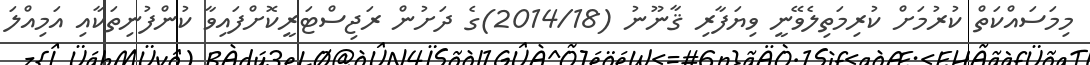
މިމަސައްކަތް ކުރުމަށް ކުރިމަތިލެވޭނީ ވިޔަފާރި ޤާނޫނު (2014/18)ގެ ދަށުން ރަޖިސްޓަރީކޮށްފައިވާ ކުންފުނިތަކާއި އަމިއްލަ